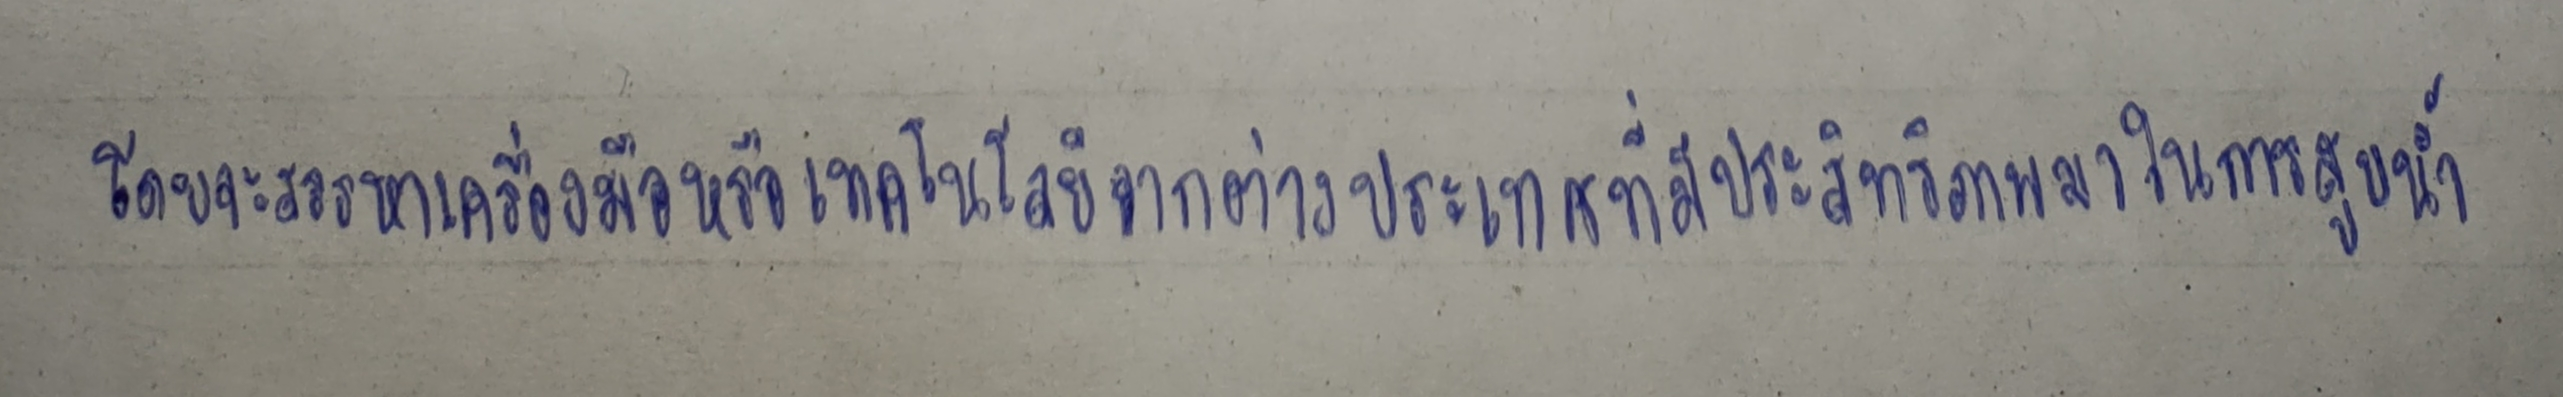
โดยจะสรรหาเครื่องมือหรือเทคโนโลยีจากต่างประเทศที่มีประสิทธิภาพมาในการสูบน้ำ